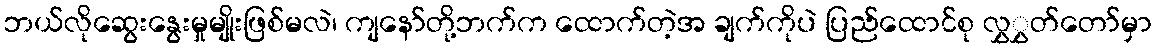
ဘယ်လိုဆွေးနွေးမှုမျိုးဖြစ်မလဲ၊ ကျနော်တို့ဘက်က ထောက်တဲ့အ ချက်ကိုပဲ ပြည်ထောင်စု လွှွှတ်တော်မှာ